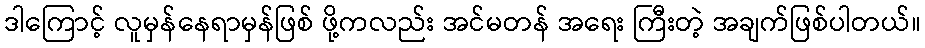
ဒါကြောင့် လူမှန်နေရာမှန်ဖြစ် ဖို့ကလည်း အင်မတန် အရေး ကြီးတဲ့ အချက်ဖြစ်ပါတယ်။